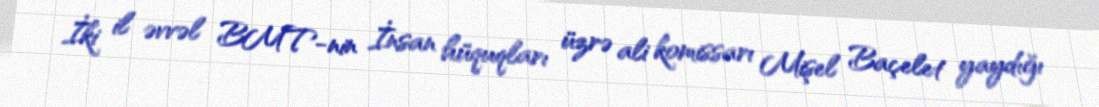
İki il əvvəl BMT-nin İnsan hüquqları üzrə ali komissarı Mişel Baçelet yaydığı